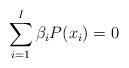
LaTeX: \begin{align*}\sum_{i=1}^{I} \beta _i P(x_i) = 0\end{align*}